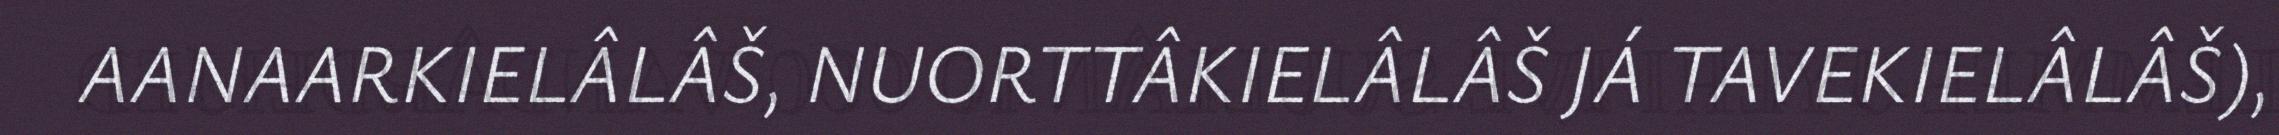
AANAARKIELÂLÂŠ, NUORTTÂKIELÂLÂŠ JÁ TAVEKIELÂLÂŠ),